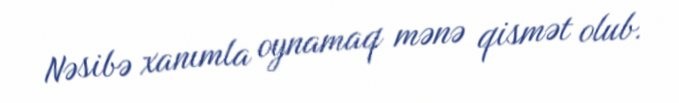
Nəsibə xanımla oynamaq mənə qismət olub.